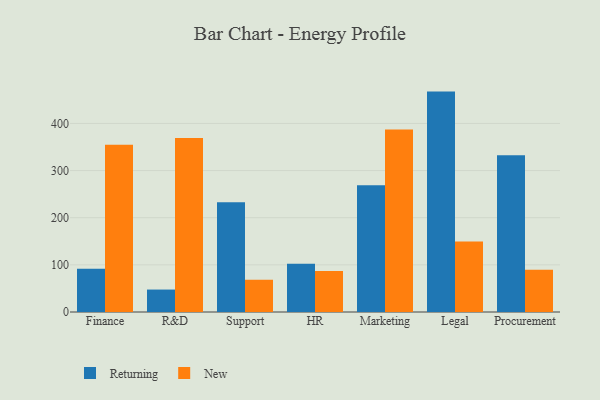
{"axis": {"x": "Department", "y": "Latency (ms)"}, "legend": ["New", "Returning"], "data": [{"x": "Finance", "y": 91.7, "type": "Returning"}, {"x": "Finance", "y": 354.6, "type": "New"}, {"x": "R&D", "y": 47.6, "type": "Returning"}, {"x": "R&D", "y": 368.9, "type": "New"}, {"x": "Support", "y": 232.7, "type": "Returning"}, {"x": "Support", "y": 68.4, "type": "New"}, {"x": "HR", "y": 102.4, "type": "Returning"}, {"x": "HR", "y": 86.9, "type": "New"}, {"x": "Marketing", "y": 269.1, "type": "Returning"}, {"x": "Marketing", "y": 386.9, "type": "New"}, {"x": "Legal", "y": 467.5, "type": "Returning"}, {"x": "Legal", "y": 149.6, "type": "New"}, {"x": "Procurement", "y": 332.7, "type": "Returning"}, {"x": "Procurement", "y": 89.6, "type": "New"}]}